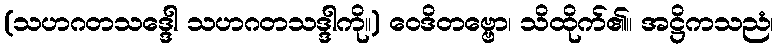
(သဟဂတသဒ္ဒေါ သဟဂတသဒ္ဒါကို။) ဝေဒိတဗ္ဗော၊ သိထိုက်၏။ အဋ္ဌိကသညံ၊